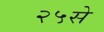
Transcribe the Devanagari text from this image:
२५से